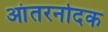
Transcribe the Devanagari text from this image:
आंतरनोदक